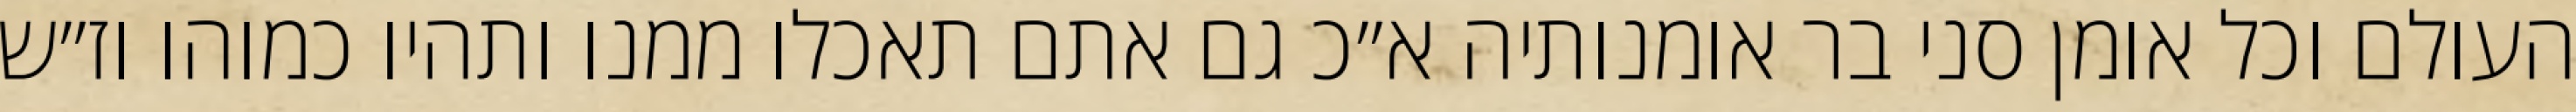
העולם וכל אומן סני בר אומנותיה א״כ גם אתם תאכלו ממנו ותהיו כמוהו וז״ש